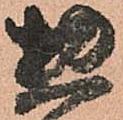
惣